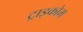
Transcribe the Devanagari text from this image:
ट्राइकोम